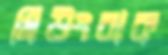
মিউংবাক